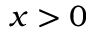
x > 0